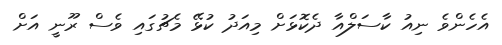
އެހެންވެ ނިއު ކާސަލްއާ ދެކޮޅަށް މިއަދު ކުޅޭ މެޗުގައި ވެސް ރޫނީ އަށް